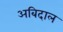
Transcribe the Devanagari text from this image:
अबिदाल